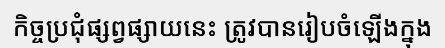
កិច្ចប្រជុំផ្សព្វផ្សាយនេះ ត្រូវបានរៀបចំឡើងក្នុង